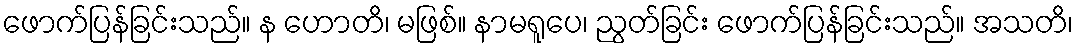
ဖောက်ပြန်ခြင်းသည်။ န ဟောတိ၊ မဖြစ်။ နာမရူပေ၊ ညွတ်ခြင်း ဖောက်ပြန်ခြင်းသည်။ အသတိ၊